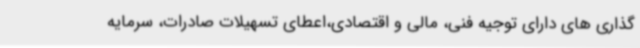
گذاری های دارای توجیه فنی، مالی و اقتصادی،اعطای تسهیلات صادرات، سرمایه